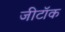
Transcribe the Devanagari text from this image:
जीटॉक